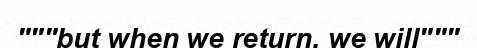
"""but when we return, we will"""